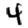
Digit: 4